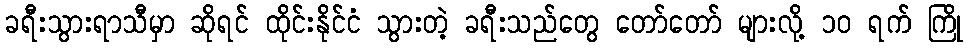
ခရီးသွားရာသီမှာ ဆိုရင် ထိုင်းနိုင်ငံ သွားတဲ့ ခရီးသည်တွေ တော်တော် များလို့ ၁၀ ရက် ကြို